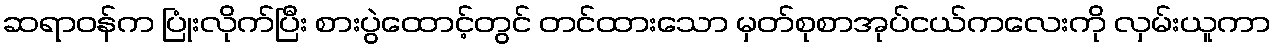
ဆရာဝန်က ပြုံးလိုက်ပြီး စားပွဲထောင့်တွင် တင်ထားသော မှတ်စုစာအုပ်ငယ်ကလေးကို လှမ်းယူကာ